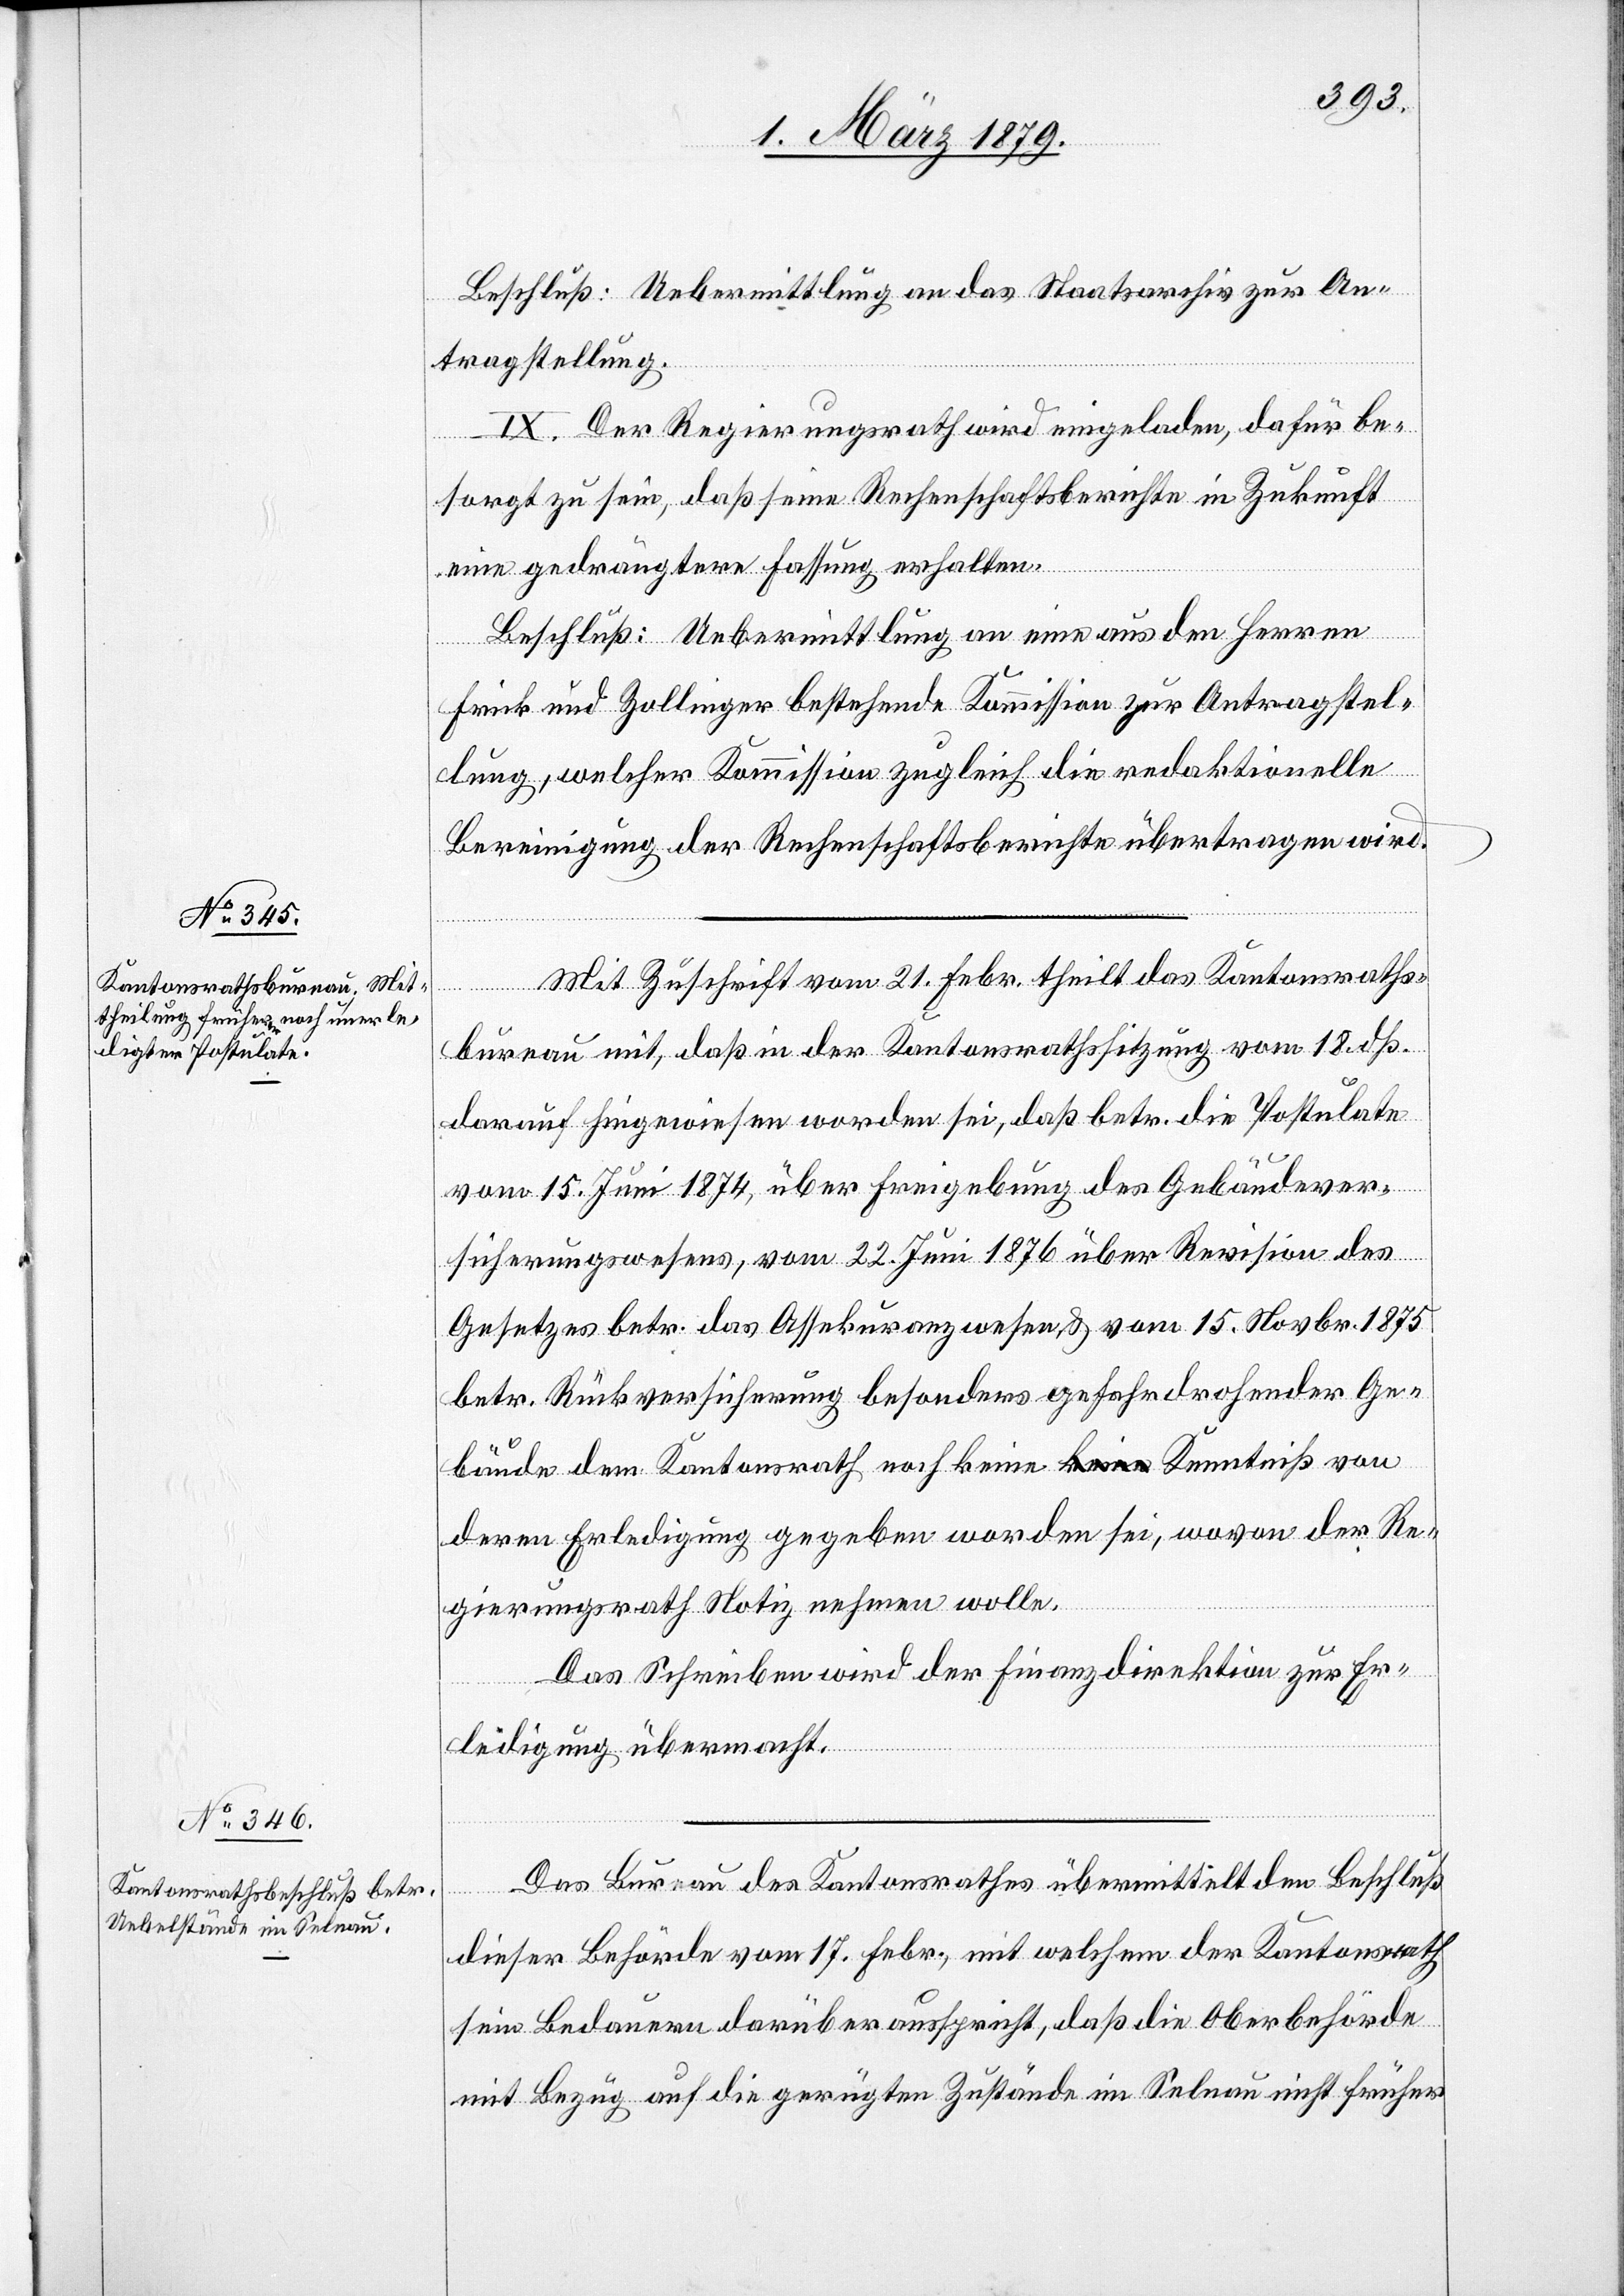
Beschluß: Uebermittlung an das Staatsarchiv zur An¬
tragstellung.
IX. Der Regierungsrath wird eingeladen, dafür be¬
sorgt zu sein, daß seine Rechenschaftsberichte in Zukunft
eine gedrängtere Fassung erhalten.
Beschluß: Uebermittlung an eine aus den Herren
Frick und Zollinger bestehende Kommission zur Antragstel¬
lung, welcher Kommission zugleich die redaktionelle
Bereinigung der Rechenschaftsberichte übertragen wird.
Mit Zuschrift vom 21. Febr. theilt das Kantonsraths¬
bureau mit, daß in der Kantonsrathssitzung vom 18. dß
darauf hingewiesen worden sei, daß betr. die Postulate
vom 15. Juni 1874, über Freigebung des Gebäudever¬
sicherungswesens, vom 22. Juni 1876 über Revision des
Gesetzes betr. das Assekuranzwesen, & vom 15. Novbr. 1875
betr. Rückversicherung besonders gefahrdrohender Ge¬
bäude dem Kantonsrath noch keine Kenntniß von
deren Erledigung gegeben worden sei, wovon der Re¬
gierungsrath Notiz nehmen wolle.
Das Schreiben wird der Finanzdirektion zur Er¬
ledigung übermacht.
Das Bureau des Kantonsrathes übermittelt den Beschluß
dieser Behörde vom 17. Febr., mit welchem der Kantonsrath
sein Bedauern darüber ausspricht, daß die Oberbehörde
mit Bezug auf die gerügten Zustände im Selnau nicht früher